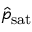
\hat { p } _ { \mathrm { s a t } }